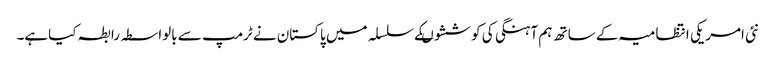
نئی امریکی انتظامیہ کے ساتھ ہم آہنگی کی کوششوںکے سلسلہ میں پاکستان نے ٹرمپ سے بالواسطہ رابطہ کیاہے۔